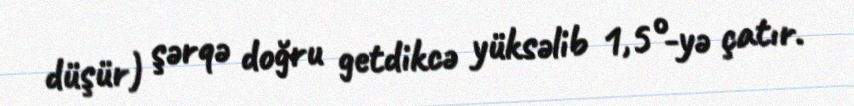
düşür) şərqə doğru getdikcə yüksəlib 1,5°-yə çatır.